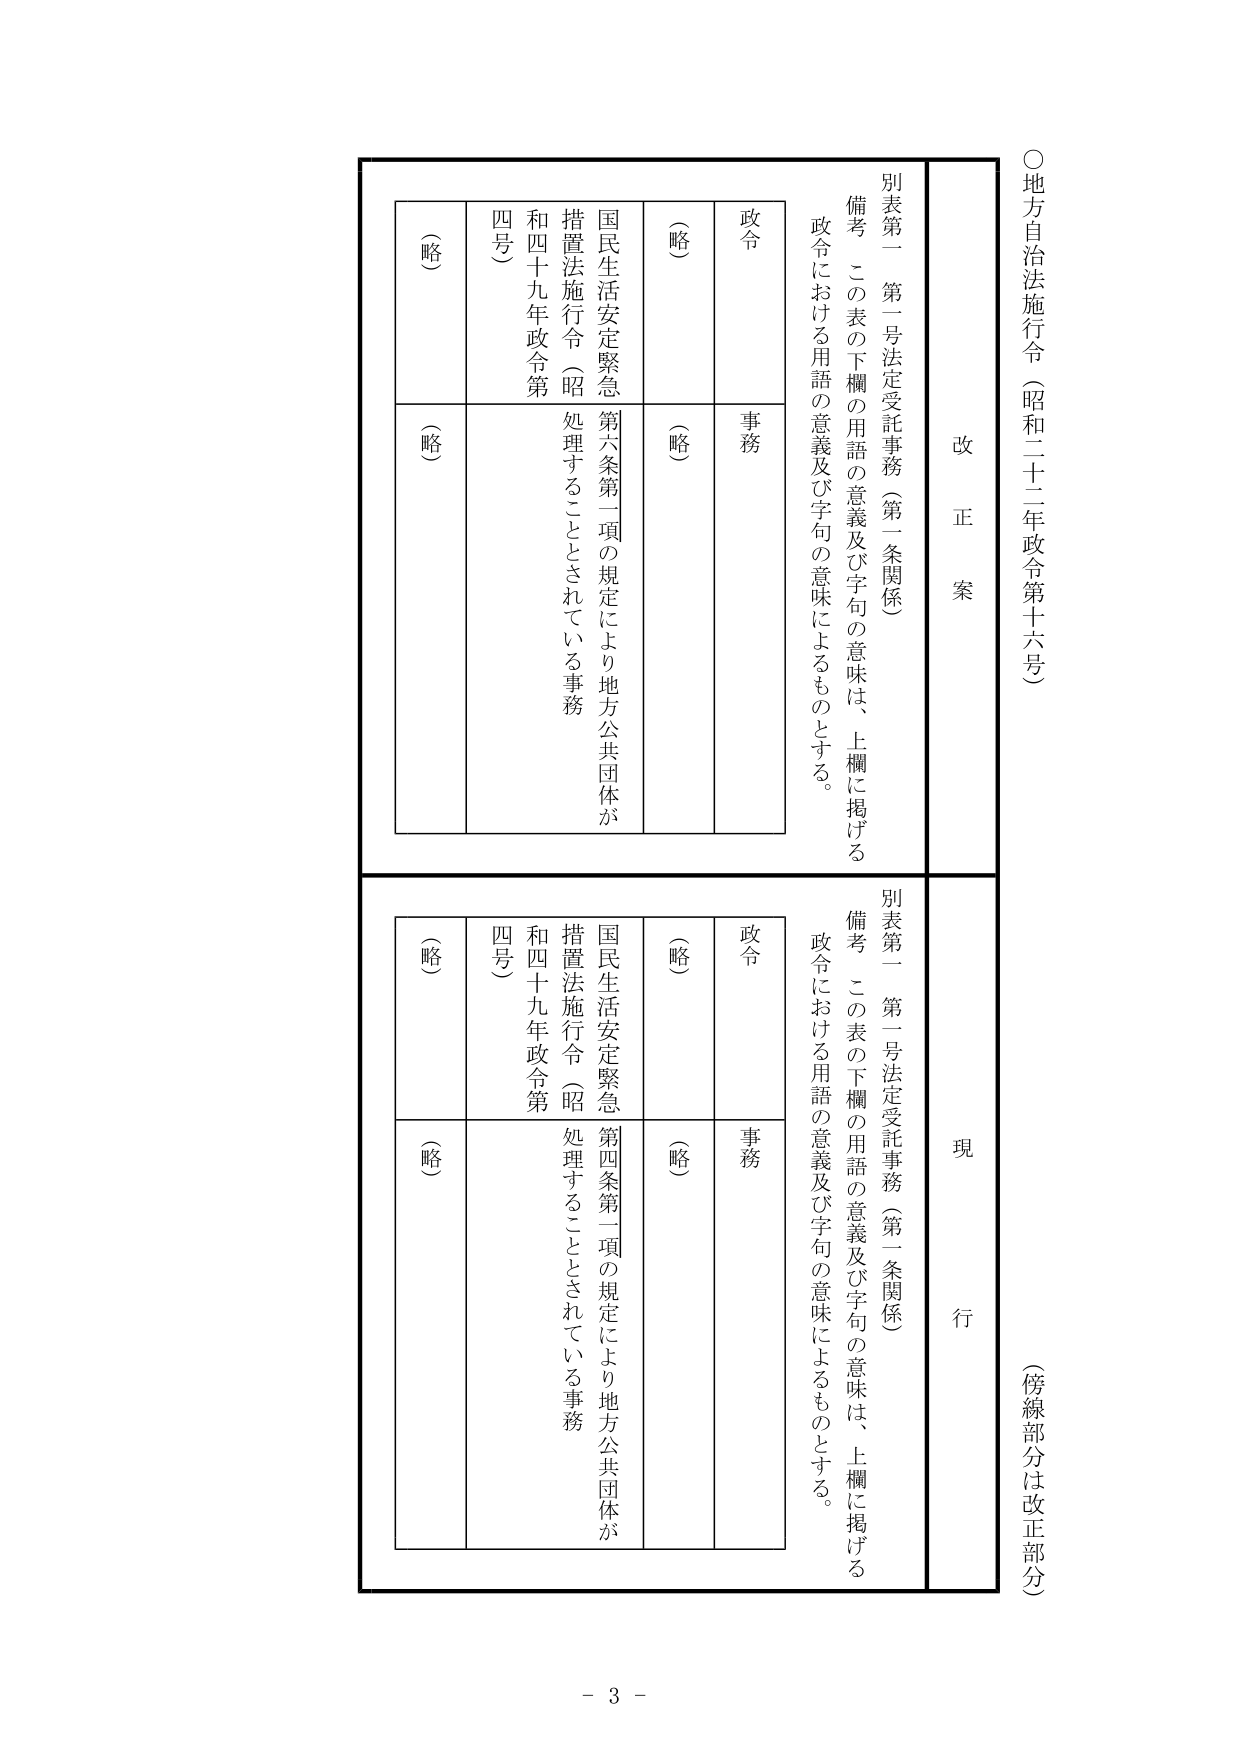
○地方自治法施行令（昭和二十二年政令第十六号）
（傍線部分は改正部分）

改正案
別表第一 第一号法定受託事務（第一条関係）
備考 この表の下欄の用語の意義及び字句の意味は、上欄に掲げる政令における用語の意義及び字句の意味によるものとする。

政令
（略）
国民生活安定緊急措置法施行令（昭和四十九年政令第四号）
（略）
事務
第六条第一項の規定により地方公共団体が処理することとされている事務

現行
別表第一 第一号法定受託事務（第一条関係）
備考 この表の下欄の用語の意義及び字句の意味は、上欄に掲げる政令における用語の意義及び字句の意味によるものとする。

政令
（略）
国民生活安定緊急措置法施行令（昭和四十九年政令第四号）
（略）
事務
第四条第一項の規定により地方公共団体が処理することとされている事務

- 3 -